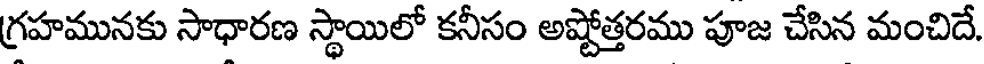
గ్రహమునకు సాధారణ స్థాయిలో కనీసం అష్టోత్తరము పూజ చేసిన మంచిదే.